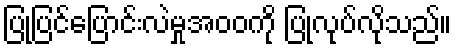
ပြုပြင်ပြောင်းလဲမှုအဝဝကို ပြုလုပ်လိုသည်။